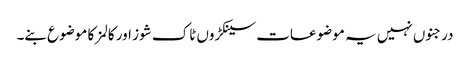
درجنوں نہیں یہ موضوعات سینکڑوں ٹاک شوز اور کالمز کا موضوع بنے۔